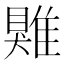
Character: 𩀎